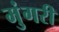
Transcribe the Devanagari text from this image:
मुंगरी